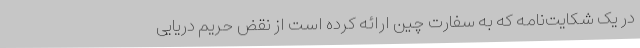
در یک شکایت‌نامه که به سفارت چین ارائه کرده است از نقض حریم دریایی